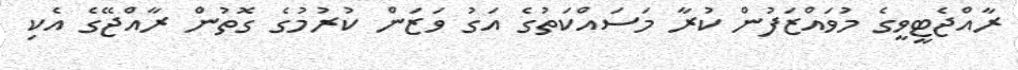
ރާއްޖެޓީވީގެ މުވައްޒަފުން ކުރާ މަސައްކަތުގެ އަގު ވަޒަން ކުރުމުގެ ގޮތުން ރާއްޖޭގެ އެކި